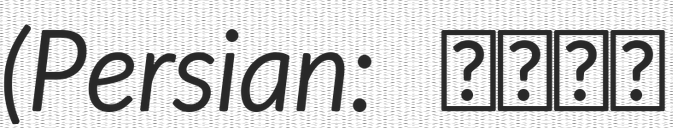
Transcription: (Persian: باغک